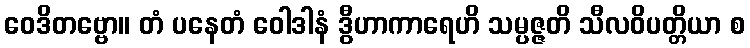
ဝေဒိတဗ္ဗော။ တံ ပနေတံ ဝေါဒါနံ ဒွီဟာကာရေဟိ သမ္ပဇ္ဇတိ သီလဝိပတ္တိယာ စ